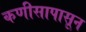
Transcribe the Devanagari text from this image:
कणीसापासून